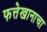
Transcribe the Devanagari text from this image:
फत्तेखानाचा